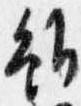
雖